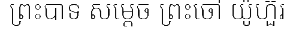
ព្រះបាទ សម្តេច ព្រះចៅ យ៉ូហ៊ួរ